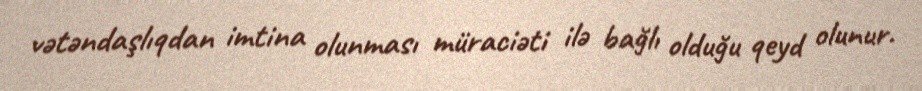
vətəndaşlıqdan imtina olunması müraciəti ilə bağlı olduğu qeyd olunur.